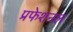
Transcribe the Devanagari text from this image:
प्रफेशनल